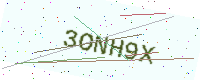
Text: 3ONH9X